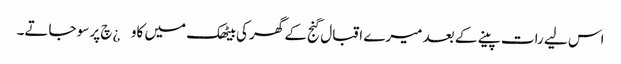
اس لیے رات پینے کے بعد میرے اقبال گنج کے گھر کی بیٹھک میں کاو¿چ پر سو جاتے۔